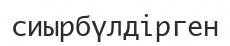
сиырбүлдірген